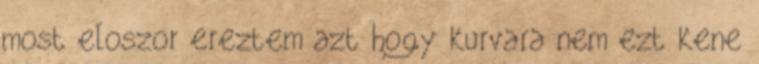
most eloszor ereztem azt hogy kurvara nem ezt kene